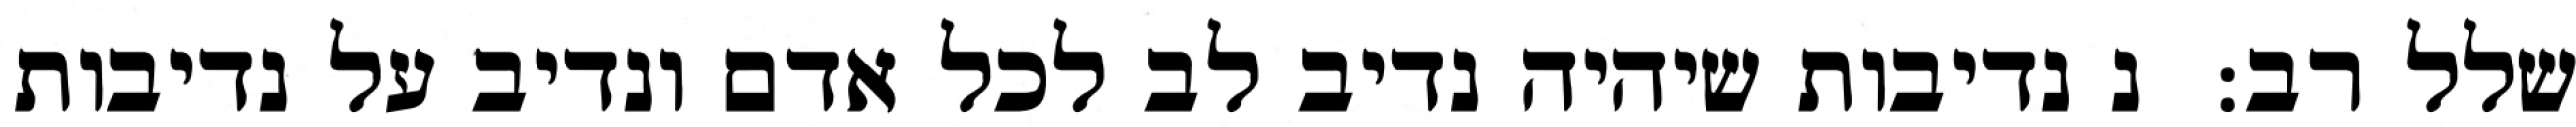
שלל רב:  נ נדיבות שיהיה נדיב לב לכל אדם ונדיב על נדיבות